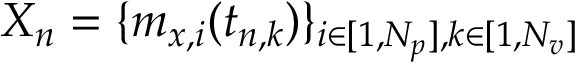
X _ { n } = \{ m _ { x , i } ( t _ { n , k } ) \} _ { i \in [ 1 , N _ { p } ] , k \in [ 1 , N _ { v } ] }